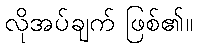
လိုအပ်ချက် ဖြစ်၏။